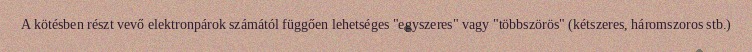
A kötésben részt vevő elektronpárok számától függően lehetséges "egyszeres" vagy "többszörös" (kétszeres, háromszoros stb.)